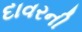
દાવરની